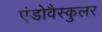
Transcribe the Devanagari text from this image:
एंडोवैस्कुलर